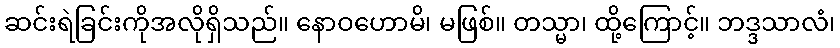
ဆင်းရဲခြင်းကိုအလိုရှိသည်။ နောဝဟောမိ၊ မဖြစ်။ တသ္မာ၊ ထို့ကြောင့်။ ဘဒ္ဒသာလံ၊